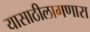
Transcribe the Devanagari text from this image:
यासाठीलागणारा